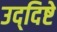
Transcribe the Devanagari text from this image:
उद्‌दिष्टे